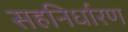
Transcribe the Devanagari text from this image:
सहनिर्धारण